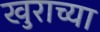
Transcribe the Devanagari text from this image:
खुराच्या